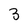
Character: 3